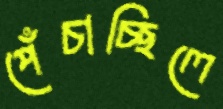
পেঁচাচ্ছিলে